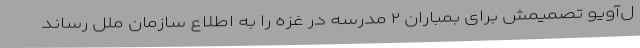
ل‌آویو تصمیمش برای بمباران ۲ مدرسه در غزه را به اطلاع سازمان ملل رساند